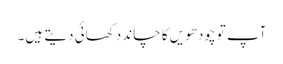
آپ تو چودھویں کا چاند دکھائی دیتے ہیں۔